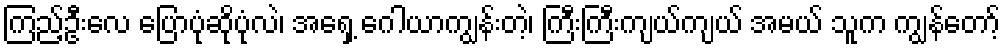
ကြည့်ဦးလေ ပြောပုံဆိုပုံလဲ၊ အရှေ့ ဂေါယာကျွန်းတဲ့၊ ကြီးကြီးကျယ်ကျယ် အမယ် သူက ကျွန်တော့်